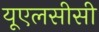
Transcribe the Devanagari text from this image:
यूएलसीसी